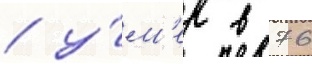
/ у́м'ер в 76